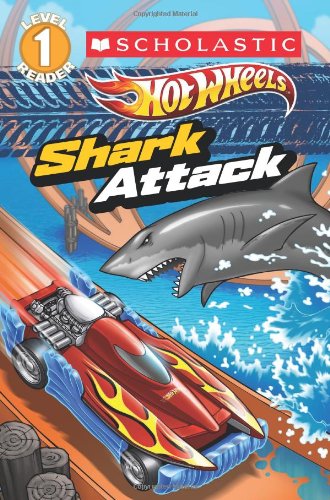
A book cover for Hot Wheels: Shark Attack; Ace Landers; Children's Books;